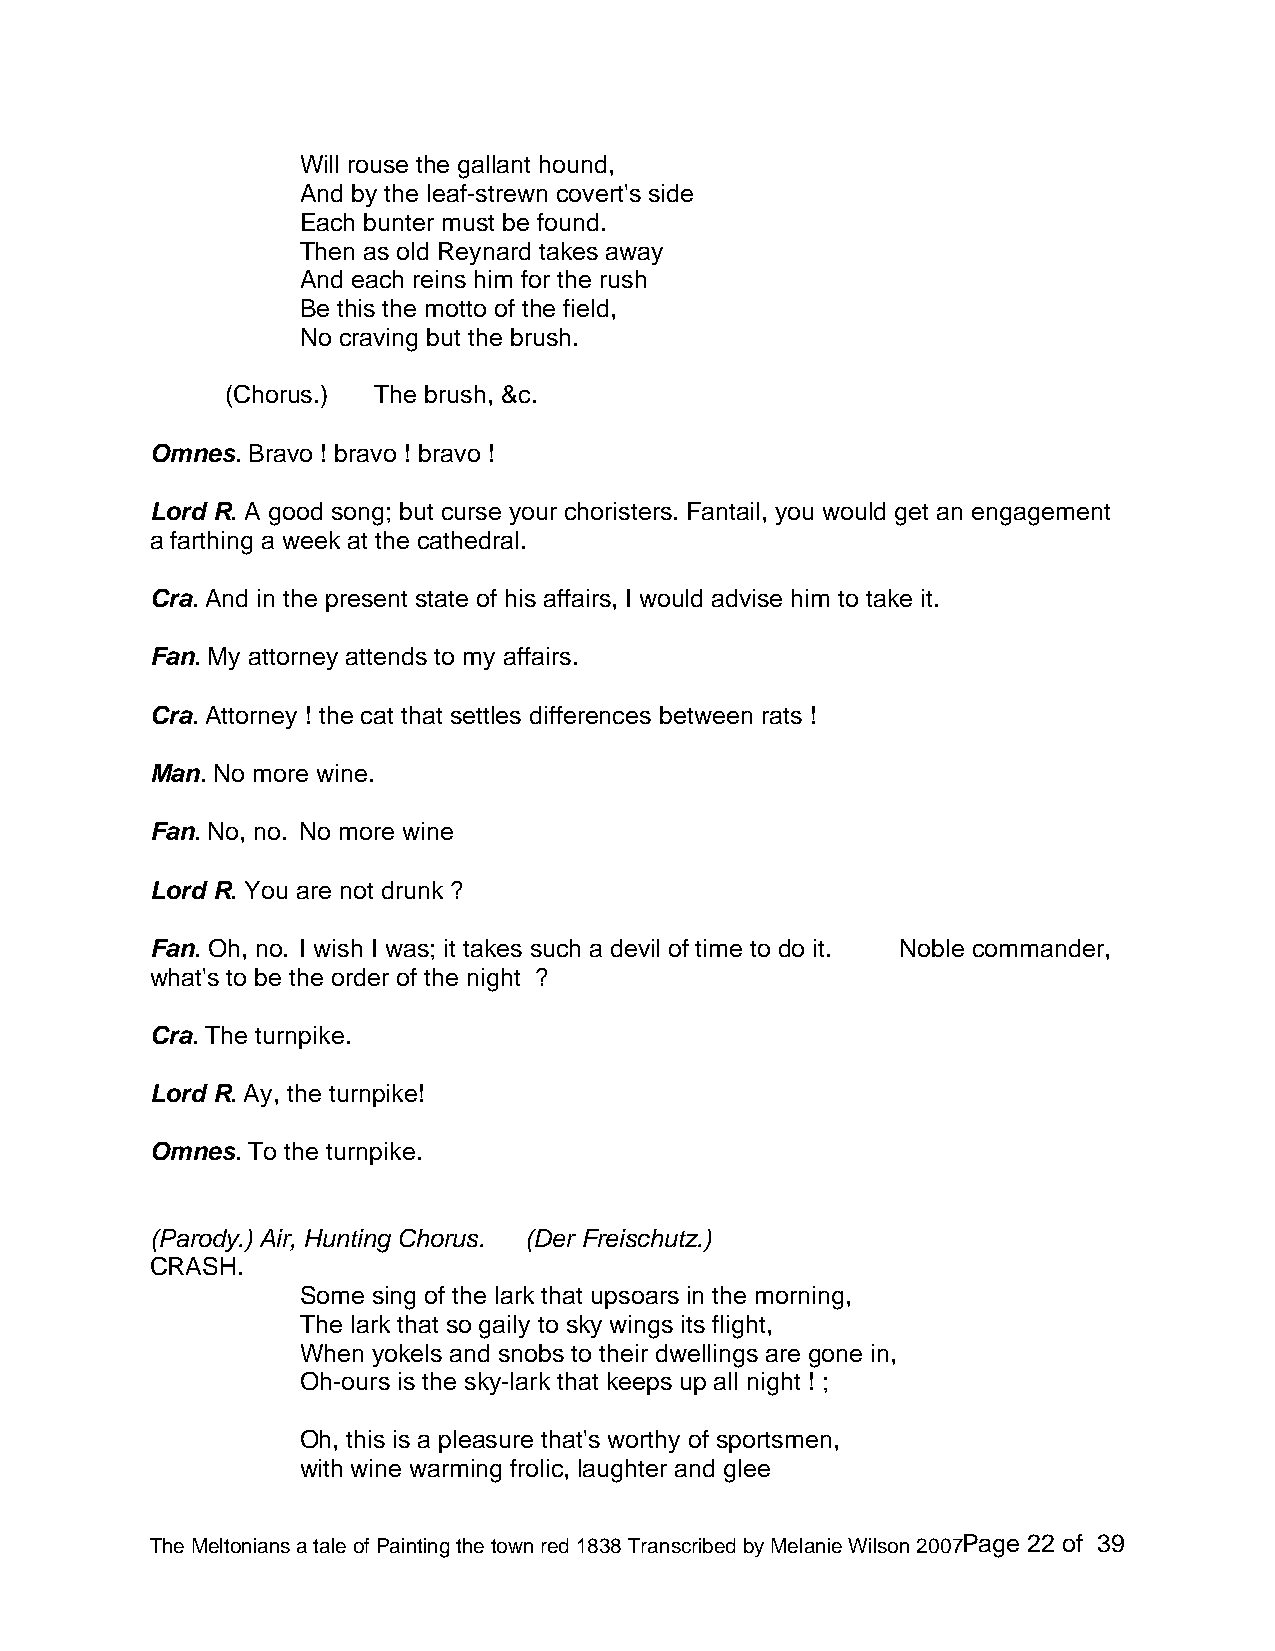
Will rouse the gallant hound,
 And by the leaf-strewn covert's side
 Each bunter must be found.
 Then as old Reynard takes away
 And each reins him for the rush
 Be this the motto of the field,
 No craving but the brush.
 (Chorus.) The brush, &c.
 Omnes. Bravo ! bravo ! bravo !
 Lord R. A good song; but curse your choristers. Fantail, you would get an engagement
 a farthing a week at the cathedral.
 Cra. And in the present state of his affairs, I would advise him to take it.
 Fan. My attorney attends to my affairs.
 Cra. Attorney ! the cat that settles differences between rats !
 Man. No more wine.
 Fan. No, no. No more wine
 Lord R. You are not drunk ?
 Fan. Oh, no. I wish I was; it takes such a devil of time to do it. Noble commander,
 what's to be the order of the night ?
 Cra. The turnpike.
 Lord R. Ay, the turnpike!
 Omnes. To the turnpike.
 (Parody.) Air, Hunting Chorus. (Der Freischutz.)
 CRASH.
 Some sing of the lark that upsoars in the morning,
 The lark that so gaily to sky wings its flight,
 When yokels and snobs to their dwellings are gone in,
 Oh-ours is the sky-lark that keeps up all night ! ;
 Oh, this is a pleasure that's worthy of sportsmen,
 with wine warming frolic, laughter and glee
 The Meltonians a tale of Painting the town red 1838 Transcribed by Melanie Wilson 2007Page 22 of 39